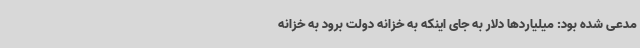
مدعی شده بود: میلیاردها دلار به جای اینکه به خزانه دولت برود به خزانه